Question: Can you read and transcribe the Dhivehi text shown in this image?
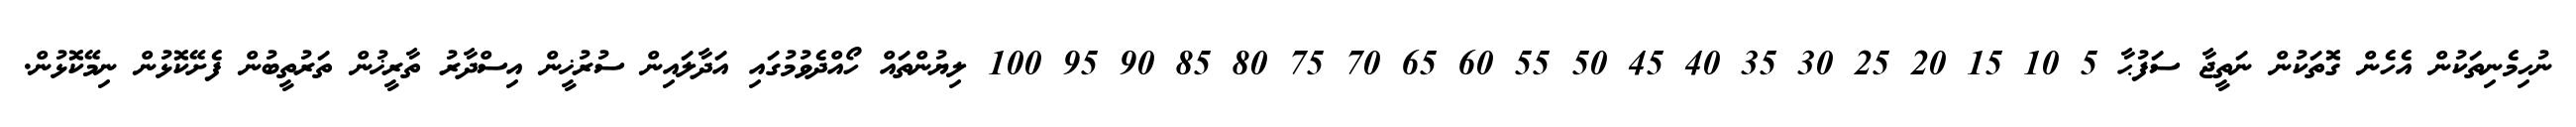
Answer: ނުހިމެނިތަކުން އެހެން ގޮތަކުން ނަތީޖާ ސަފުޙާ 5 10 15 20 25 30 35 40 45 50 55 60 65 70 75 80 85 90 95 100 ލިޔުންތައް ހޯއްދެވުމުގައި އަދާލައިން ސުރުޚީން އިސްދާރު ތާރީޚުން ތަރުތީބުން ފެށޭކޮޅުން ނިމޭކޮޅުން.